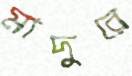
মাদুরে